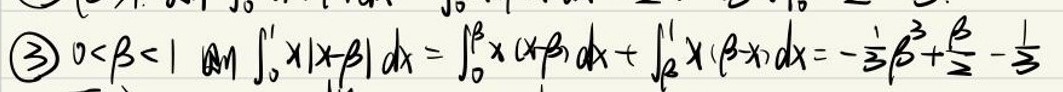

\(\textcircled{3}\ 0 < \beta < 1\ \)则\(\ \int_{0}^{1}x|x - \beta|dx=\int_{0}^{\beta}x(x - \beta)dx+\int_{\beta}^{1}x(\beta - x)dx=-\frac{1}{3}\beta^{3}+\frac{\beta}{2}-\frac{1}{3}\)